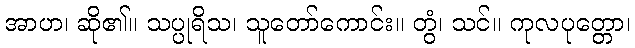
အာဟ၊ ဆို၏။ သပ္ပုရိသ၊ သူတော်ကောင်း။ တွံ၊ သင်။ ကုလပုတ္တော၊